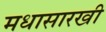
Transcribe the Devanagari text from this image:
मधासारखी